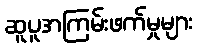
ဆူပူအကြမ်းဖက်မှုများ